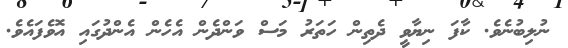
ނުލިބުނެވެ. ކާފަ ނިޔާވީ ދެތިން ހަތަރު މަސް ވަންދެން އެހެން އެންދުގައި އޮވެފައެވެ.